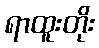
ရာထူးတိုး